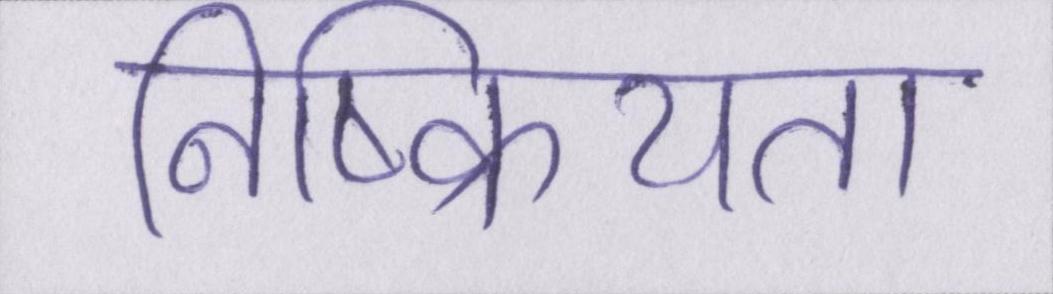
निष्क्रियता